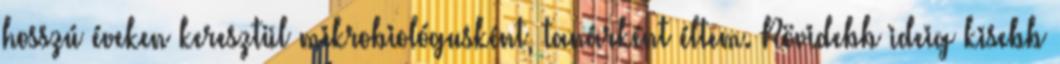
hosszú éveken keresztül mikrobiológusként, tanárként éltem. Rövidebb ideig kisebb